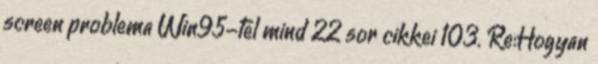
screen problema Win95-tel mind 22 sor cikkei 103. Re:Hogyan